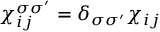
\chi _ { i j } ^ { \sigma \sigma ^ { \prime } } = \delta _ { \sigma \sigma ^ { \prime } } \chi _ { i j }